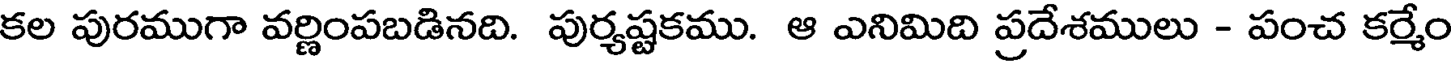
కల పురముగా వర్ణింపబడినది. పుర్యష్టకము. ఆ ఎనిమిది ప్రదేశములు - పంచ కర్మేం